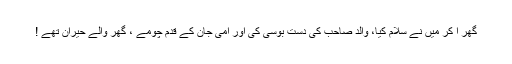
گھر آ کر میں نے سلام کیا، والِد صاحِب کی دَست بوسی کی اور امّی جان کے قدم چومے ، گھر والے حیران تھے !